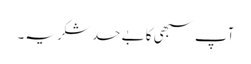
آپ سبھی کا بے حد شکریہ۔